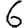
Digit: 6